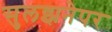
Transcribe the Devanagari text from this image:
सुलझनेपर